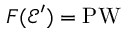
F ( { \mathcal { E } } ^ { \prime } ) = \operatorname { P W }